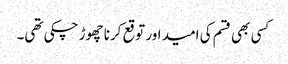
کسی بھی قسم کی امید اور توقع کرنا چھوڑ چکی تھی۔